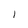
Character: I